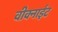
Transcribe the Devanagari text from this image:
वीक्नाईट